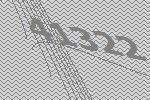
41322